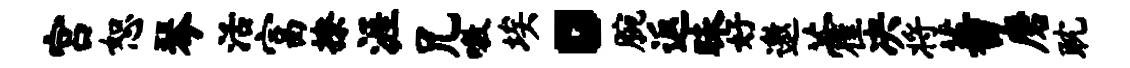
宫恕琴活富撩涯兄嗷埃。腕返昧好邀藿决将蕃磨耽